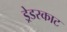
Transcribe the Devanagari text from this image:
ड्रेडस्काट